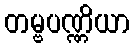
တမ္ဗပဏ္ဏိယာ